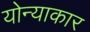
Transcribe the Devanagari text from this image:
योन्याकार